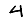
Digit: 4